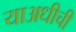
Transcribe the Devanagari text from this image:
याअधीची